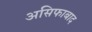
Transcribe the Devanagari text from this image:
असिफाबाद